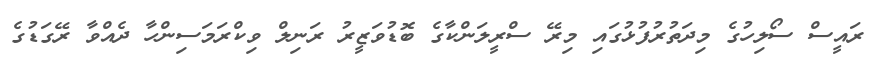
ރައީސް ސޯލިހުގެ މިދަތުރުފުޅުގައި މިރޭ ސްރީލަންކާގެ ބޮޑުވަޒީރު ރަނިލް ވިކްރަމަސިންހާ ދެއްވާ ރޭގަޑުގެ